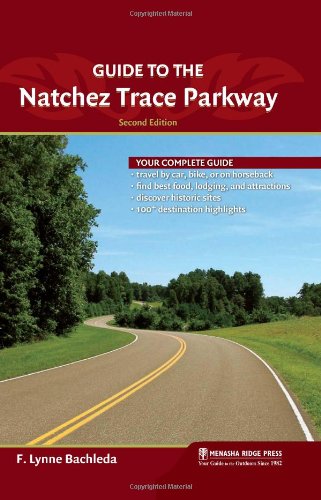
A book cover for Guide to the Natchez Trace Parkway; F. Lynne Bachleda; Travel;